Indian journal of veterinary science and animal husbandry - Volumes 26-27, 1956-1957
Year: 1956
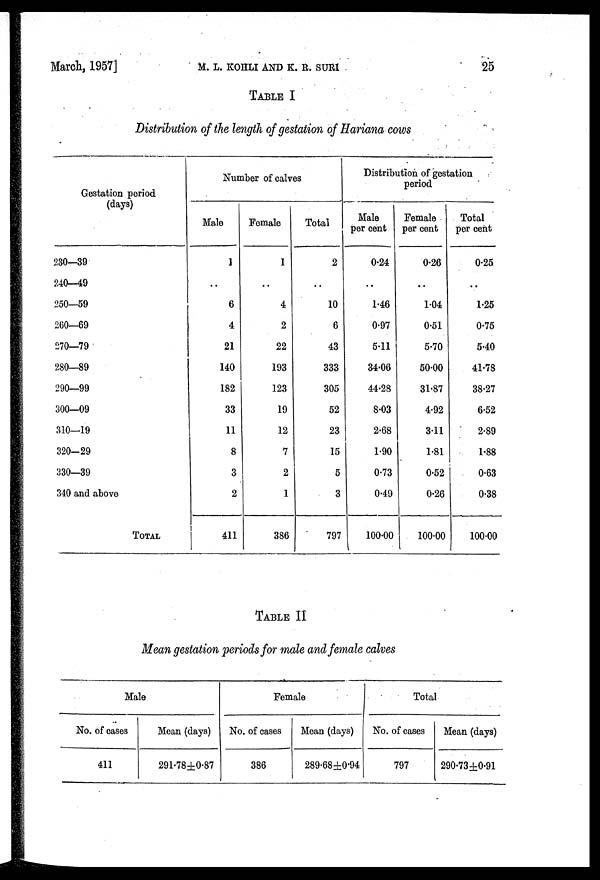
March 1957]
M.
L.
KOHLI
AND
K.
R.
SUM
25
TABLE I
Distribution of the length of gestation of Hariana cows
Gestation period
(days)
230—39
240—49
250—59
260—69
270—79
280—89
290—99
300—09
310—19
320—29
330—39
340 and above
TOTAL
Number of calves
Male
1
..
6
4
21
140
182
33
11
8
3
2
411
Female
1
..
4
2
22
193
123
19
12
7
2
1
386
Total
2
..
10
6
43
333
305
52
23
15
5
3
797
Distribution of gestation
period
Male
per cent
0.24
..
1.46
0.97
5.11
34.06
44.28
8.03
2.68
1.90
0.73
0.49
100.00
Female
per cent
0.26
..
1.04
0.51
5.70
50.00
31.87
4.92
3.11
1.81
0.52
0.26
100.00
Total
per cent
0.25
..
1.25
0.75
5.40
41.78
38.27
6.52
2.89
1.88
0.63
0.38
100.00
TABLE II
Mean gestation periods for male and female calves
Male
No. of cases
411
Mean (days)
291.78±0.87
Female
No. of cases
386
Mean (days)
289.68±0.94
Total
No. of cases
797
Mean (days)
290.73±0.91